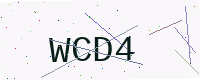
Text: WCD4